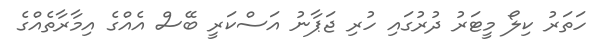
ހަތަރު ކިލޯ މީޓަރު ދުރުގައި ހުރި ޖަޕާނު އަސްކަރީ ބޭސް އެއްގެ އިމާރާތެއްގެ